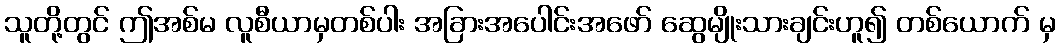
သူတို့တွင် ဤအစ်မ လူစီယာမှတစ်ပါး အခြားအပေါင်းအဖော် ဆွေမျိုးသားချင်းဟူ၍ တစ်ယောက် မှ